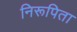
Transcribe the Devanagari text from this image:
निरूपिता